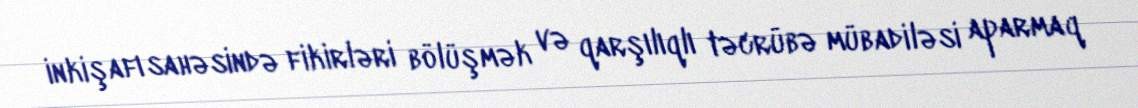
inkişafı sahəsində fikirləri bölüşmək və qarşılıqlı təcrübə mübadiləsi aparmaq